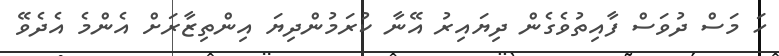
ހަ މަސް ދުވަސް ފާއިތުވެގެން ދިޔައިރު އޭނާ ކުރަމުންދިޔަ އިންތިޒާރަށް އެންމެ އެދެވޭ